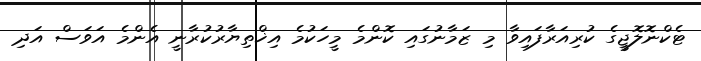
ޓެކްނޮލޮޖީގެ ކުރިއަރާފައިވާ މި ޒަމާނުގައި ކޮންމެ މީހަކުމެ އިޚްތިޔާރުކުރާނީ އެންމެ އަވަސް އަދި